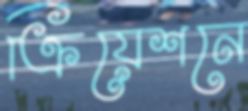
ক্রিয়েশনে